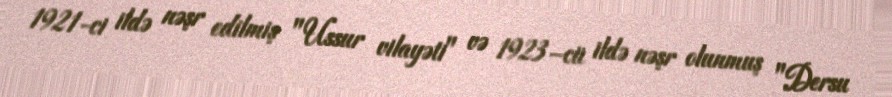
1921-ci ildə nəşr edilmiş "Ussur vilayəti" və 1923–cü ildə nəşr olunmuş "Dersu